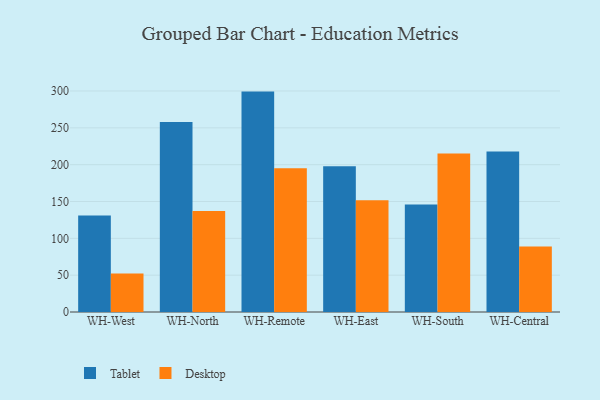
{"axis": {"x": "Warehouse", "y": "Revenue (USD Million)"}, "legend": ["Desktop", "Tablet"], "data": [{"x": "WH-West", "y": 131.1, "type": "Tablet"}, {"x": "WH-West", "y": 52.2, "type": "Desktop"}, {"x": "WH-North", "y": 257.9, "type": "Tablet"}, {"x": "WH-North", "y": 137.1, "type": "Desktop"}, {"x": "WH-Remote", "y": 299.2, "type": "Tablet"}, {"x": "WH-Remote", "y": 195.1, "type": "Desktop"}, {"x": "WH-East", "y": 197.7, "type": "Tablet"}, {"x": "WH-East", "y": 151.8, "type": "Desktop"}, {"x": "WH-South", "y": 146.0, "type": "Tablet"}, {"x": "WH-South", "y": 215.0, "type": "Desktop"}, {"x": "WH-Central", "y": 217.8, "type": "Tablet"}, {"x": "WH-Central", "y": 89.0, "type": "Desktop"}]}